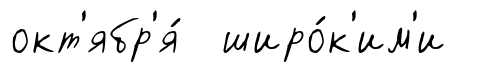
окт'ябр'я́ широ́к'им'и